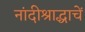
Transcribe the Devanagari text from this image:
नांदीश्राद्धाचें